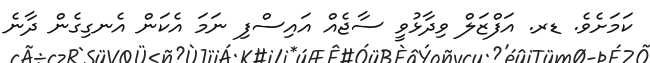
ކަމަށެވެ. ޑރ. އަފްޒަލް ވިދާޅުވީ ސާޖެއް އައިސްފި ނަމަ އެކަން އެނގިގެން ދާނެ